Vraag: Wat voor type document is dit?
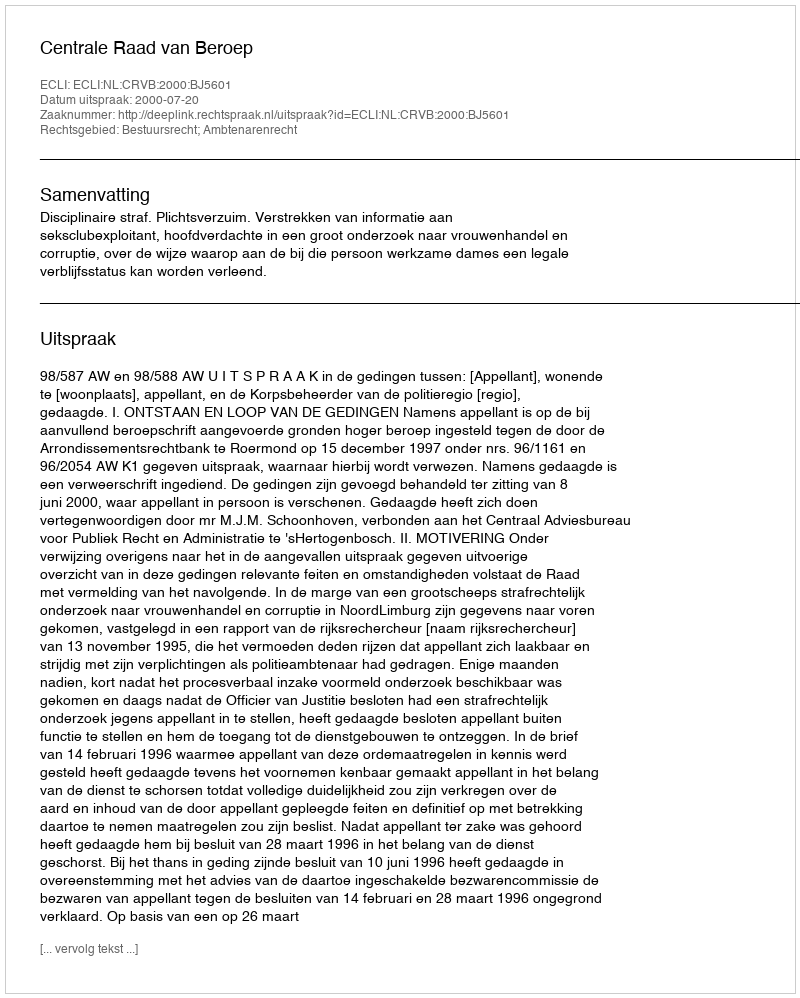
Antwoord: Uitspraak